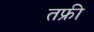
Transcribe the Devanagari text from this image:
तफ्री